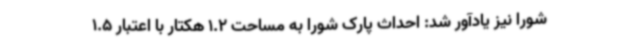
شورا نیز یادآور شد: احداث پارک شورا به مساحت 1.2 هکتار با اعتبار 1.5